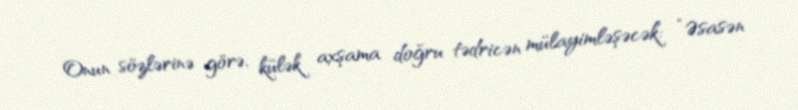
Onun sözlərinə görə, külək axşama doğru tədricən mülayimləşəcək: “Əsasən